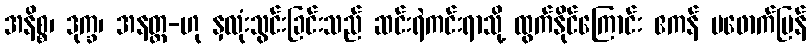
အနိစ္စ၊ ဒုက္ခ၊ အနတ္တ-ဟု နှလုံးသွင်းခြင်းသည် ဆင်းရဲကင်းရာသို့ ထွက်နိုင်ကြောင်း ဧကန် မဖောက်ပြန်